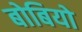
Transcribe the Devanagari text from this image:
बोबियो